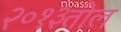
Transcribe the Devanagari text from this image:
२०१३तील